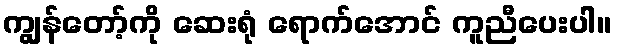
ကျွန်တော့်ကို ဆေးရုံ ရောက်အောင် ကူညီပေးပါ။